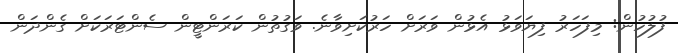
ފުލުހުން: މިފަހަރު ފިޔަވަޅު އެޅުން ވަރަށް ހަރުކަށިވާނެ. ވަގުތުން ކަރަންޓީން ސެންޓަރަކަށް ގެންދަން